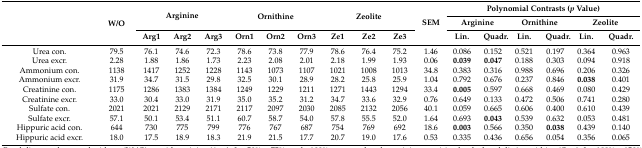
<table><thead><tr><td rowspan="3"></td><td rowspan="3"><b>W/O</b></td><td rowspan="2" colspan="3"><b>Arginine</b></td><td rowspan="2" colspan="3"><b>Ornithine</b></td><td rowspan="2" colspan="3"><b>Zeolite</b></td><td rowspan="3"><b>SEM</b></td><td colspan="6"><b>Polynomial Contrasts (<i>p</i> Value)</b></td></tr><tr><td colspan="2"><b>Arginine</b></td><td colspan="2"><b>Ornithine</b></td><td colspan="2"><b>Zeolite</b></td></tr><tr><td><b>Arg1</b></td><td><b>Arg2</b></td><td><b>Arg3</b></td><td><b>Orn1</b></td><td><b>Orn2</b></td><td><b>Orn3</b></td><td><b>Ze1</b></td><td><b>Ze2</b></td><td><b>Ze3</b></td><td><b>Lin.</b></td><td><b>Quadr.</b></td><td><b>Lin.</b></td><td><b>Quadr.</b></td><td><b>Lin.</b></td><td><b>Quadr.</b></td></tr></thead><tbody><tr><td>Urea con.</td><td>79.5</td><td>76.1</td><td>74.6</td><td>72.3</td><td>78.6</td><td>73.8</td><td>77.9</td><td>78.6</td><td>76.4</td><td>75.2</td><td>1.46</td><td>0.086</td><td>0.152</td><td>0.521</td><td>0.197</td><td>0.364</td><td>0.963</td></tr><tr><td>Urea excr.</td><td>2.28</td><td>1.88</td><td>1.86</td><td>1.73</td><td>2.23</td><td>2.08</td><td>2.01</td><td>2.18</td><td>1.99</td><td>1.93</td><td>0.06</td><td><b>0.039</b></td><td><b>0.047</b></td><td>0.188</td><td>0.303</td><td>0.094</td><td>0.918</td></tr><tr><td>Ammonium con.</td><td>1138</td><td>1417</td><td>1252</td><td>1228</td><td>1143</td><td>1073</td><td>1107</td><td>1021</td><td>1008</td><td>1013</td><td>34.8</td><td>0.383</td><td>0.316</td><td>0.988</td><td>0.696</td><td>0.206</td><td>0.326</td></tr><tr><td>Ammonium excr.</td><td>31.9</td><td>34.7</td><td>31.5</td><td>29.8</td><td>32.5</td><td>30.1</td><td>28.9</td><td>28.2</td><td>25.8</td><td>25.9</td><td>1.04</td><td>0.792</td><td>0.676</td><td>0.237</td><td>0.846</td><td><b>0.038</b></td><td>0.401</td></tr><tr><td>Creatinine con.</td><td>1175</td><td>1286</td><td>1383</td><td>1384</td><td>1249</td><td>1229</td><td>1211</td><td>1271</td><td>1443</td><td>1294</td><td>33.4</td><td><b>0.005</b></td><td>0.597</td><td>0.668</td><td>0.469</td><td>0.080</td><td>0.429</td></tr><tr><td>Creatinine excr.</td><td>33.0</td><td>30.4</td><td>33.0</td><td>31.9</td><td>35.0</td><td>35.2</td><td>31.2</td><td>34.7</td><td>33.6</td><td>32.9</td><td>0.76</td><td>0.649</td><td>0.133</td><td>0.472</td><td>0.506</td><td>0.741</td><td>0.280</td></tr><tr><td>Sulfate con.</td><td>2021</td><td>2021</td><td>2129</td><td>2171</td><td>2117</td><td>2097</td><td>2030</td><td>2085</td><td>2132</td><td>2056</td><td>40.1</td><td>0.059</td><td>0.665</td><td>0.606</td><td>0.400</td><td>0.610</td><td>0.439</td></tr><tr><td>Sulfate excr.</td><td>57.1</td><td>50.1</td><td>53.4</td><td>51.1</td><td>60.7</td><td>58.7</td><td>54.0</td><td>57.8</td><td>55.5</td><td>52.0</td><td>1.64</td><td>0.693</td><td><b>0.043</b></td><td>0.539</td><td>0.632</td><td>0.053</td><td>0.481</td></tr><tr><td>Hippuric acid con.</td><td>644</td><td>730</td><td>775</td><td>799</td><td>776</td><td>767</td><td>687</td><td>754</td><td>769</td><td>692</td><td>18.6</td><td><b>0.003</b></td><td>0.566</td><td>0.350</td><td><b>0.038</b></td><td>0.439</td><td>0.140</td></tr><tr><td>Hippuric acid excr.</td><td>18.0</td><td>17.5</td><td>18.9</td><td>18.3</td><td>21.9</td><td>21.5</td><td>17.7</td><td>20.7</td><td>19.0</td><td>17.6</td><td>0.53</td><td>0.335</td><td>0.436</td><td>0.656</td><td>0.054</td><td>0.356</td><td>0.065</td></tr></tbody></table>